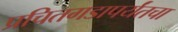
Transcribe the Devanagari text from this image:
प्रचितगडापर्यंतचा